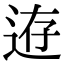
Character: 𨒸